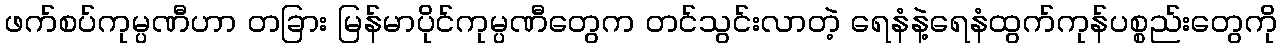
ဖက်စပ်ကုမ္ပဏီဟာ တခြား မြန်မာပိုင်ကုမ္ပဏီတွေက တင်သွင်းလာတဲ့ ရေနံနဲ့ရေနံထွက်ကုန်ပစ္စည်းတွေကို